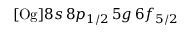
[ \mathrm { O g } ] 8 s \, 8 p _ { 1 / 2 } \, 5 g \, 6 f _ { 5 / 2 }